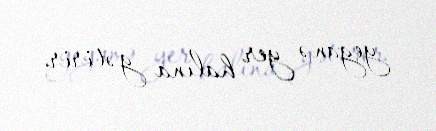
yeganə yer halına gətirir.